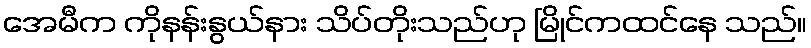
အေမီက ကိုနန်းနွယ်နား သိပ်တိုးသည်ဟု မြိုင်ကထင်နေ သည်။